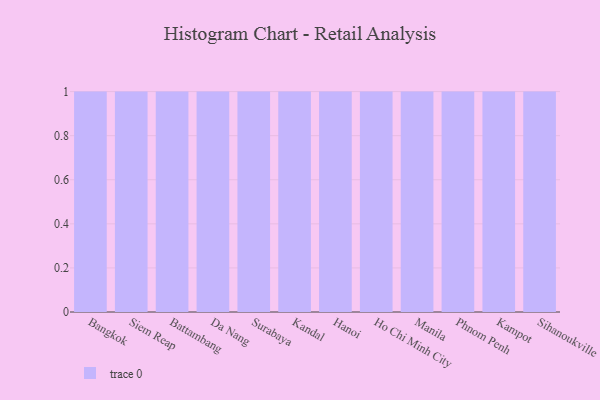
{"axis": {"x": "City", "y": "Energy Usage (MWh)"}, "legend": [""], "data": [{"x": "Bangkok", "y": 90, "type": ""}, {"x": "Siem Reap", "y": 81, "type": ""}, {"x": "Battambang", "y": 87, "type": ""}, {"x": "Da Nang", "y": 6, "type": ""}, {"x": "Surabaya", "y": 97, "type": ""}, {"x": "Kandal", "y": 14, "type": ""}, {"x": "Hanoi", "y": 46, "type": ""}, {"x": "Ho Chi Minh City", "y": 72, "type": ""}, {"x": "Manila", "y": 31, "type": ""}, {"x": "Phnom Penh", "y": 86, "type": ""}, {"x": "Kampot", "y": 32, "type": ""}, {"x": "Sihanoukville", "y": 50, "type": ""}]}